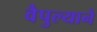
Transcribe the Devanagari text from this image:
वैपुल्याने